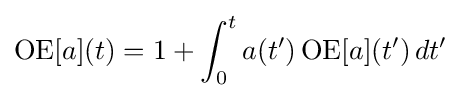
\operatorname {OE} [a](t)=1+\int _{0}^{t}a(t')\operatorname {OE} [a](t')\,dt'